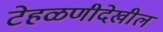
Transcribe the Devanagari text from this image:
टेहळणीदेखील